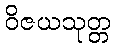
ဝိဇယသုတ္တ